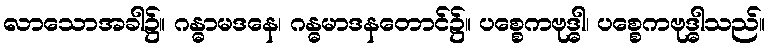
လာသောအခါ၌။ ဂန္ဓာမဒနေ၊ ဂန္ဓမာဒနတောင်၌။ ပစ္စေကဗုဒ္ဓါ၊ ပစ္စေကဗုဒ္ဓါသည်။